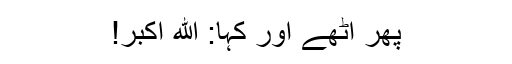
پھر اٹھے اور کہا: الله اکبر!